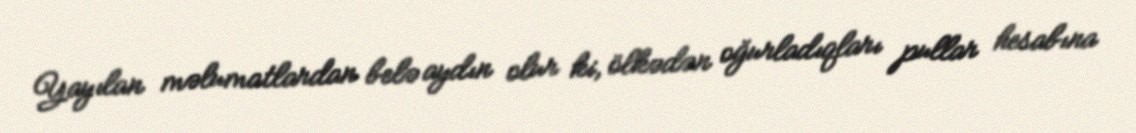
Yayılan məlumatlardan belə aydın olur ki, ölkədən oğurladıqları pullar hesabına